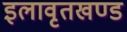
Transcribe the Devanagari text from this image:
इलावृतखण्ड